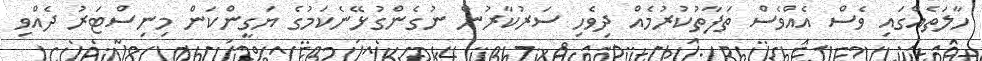
ހާލަތެއްގައި ވެސް އެއްވެސް ތަފާތުކުރުމެއް ދިވެހި ސަރުކާރުން ނުގެންގުޅޭނެކަމުގެ ޔަގީންކަން މިނިސްޓަރު ދެއްވި